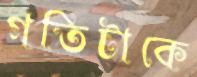
গতিটাকে